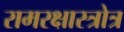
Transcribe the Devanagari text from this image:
रामरक्षास्त्रोत्र